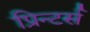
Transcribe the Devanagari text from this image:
प्रिन्टर्स